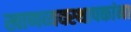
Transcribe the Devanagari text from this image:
खाणव्यवस्थापकांना